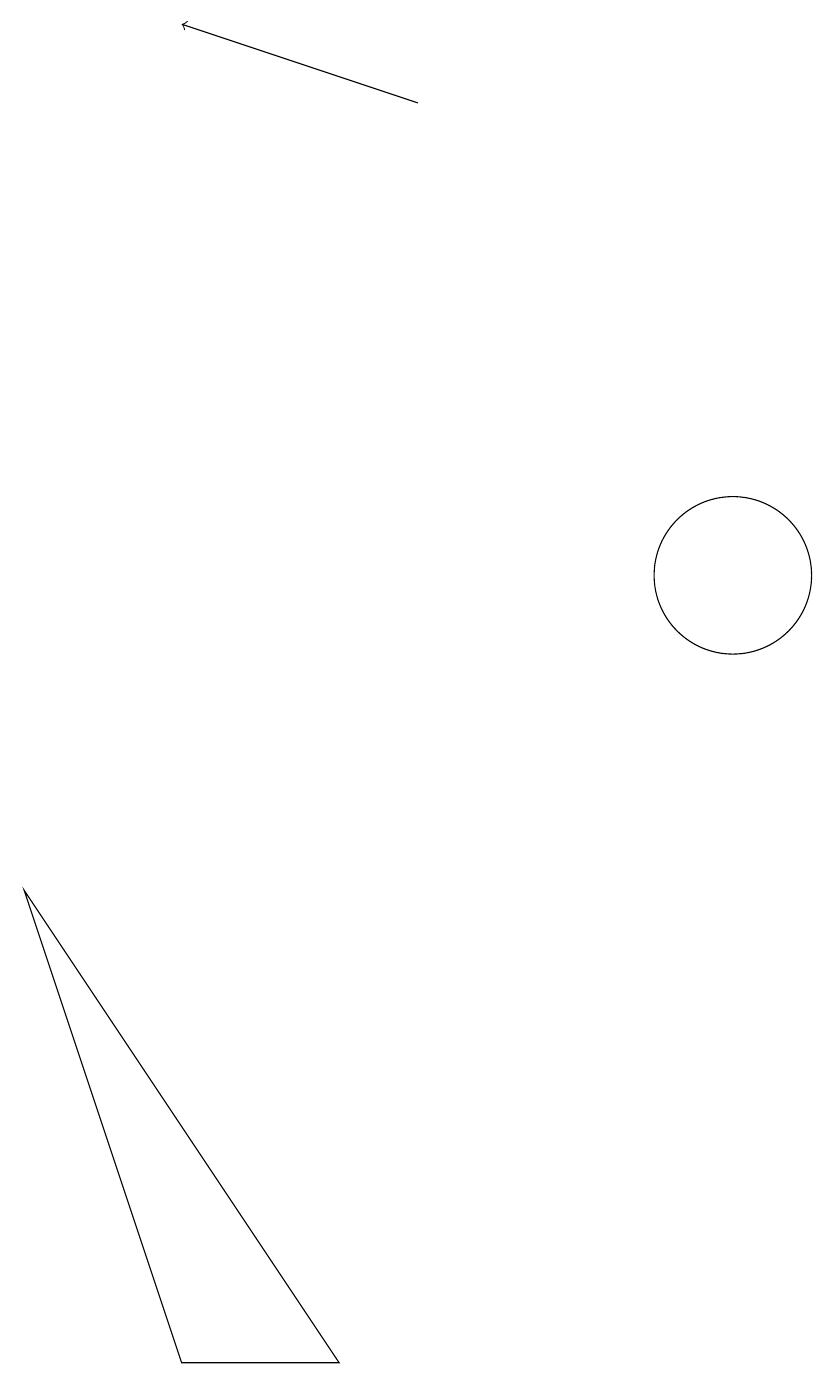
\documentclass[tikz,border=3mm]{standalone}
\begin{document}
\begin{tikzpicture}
\draw[->] (8,16) -- (5,17);
\draw (3,6) -- (5,0) -- (7,0) -- cycle;
\draw (12,10) circle (1);
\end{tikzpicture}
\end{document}